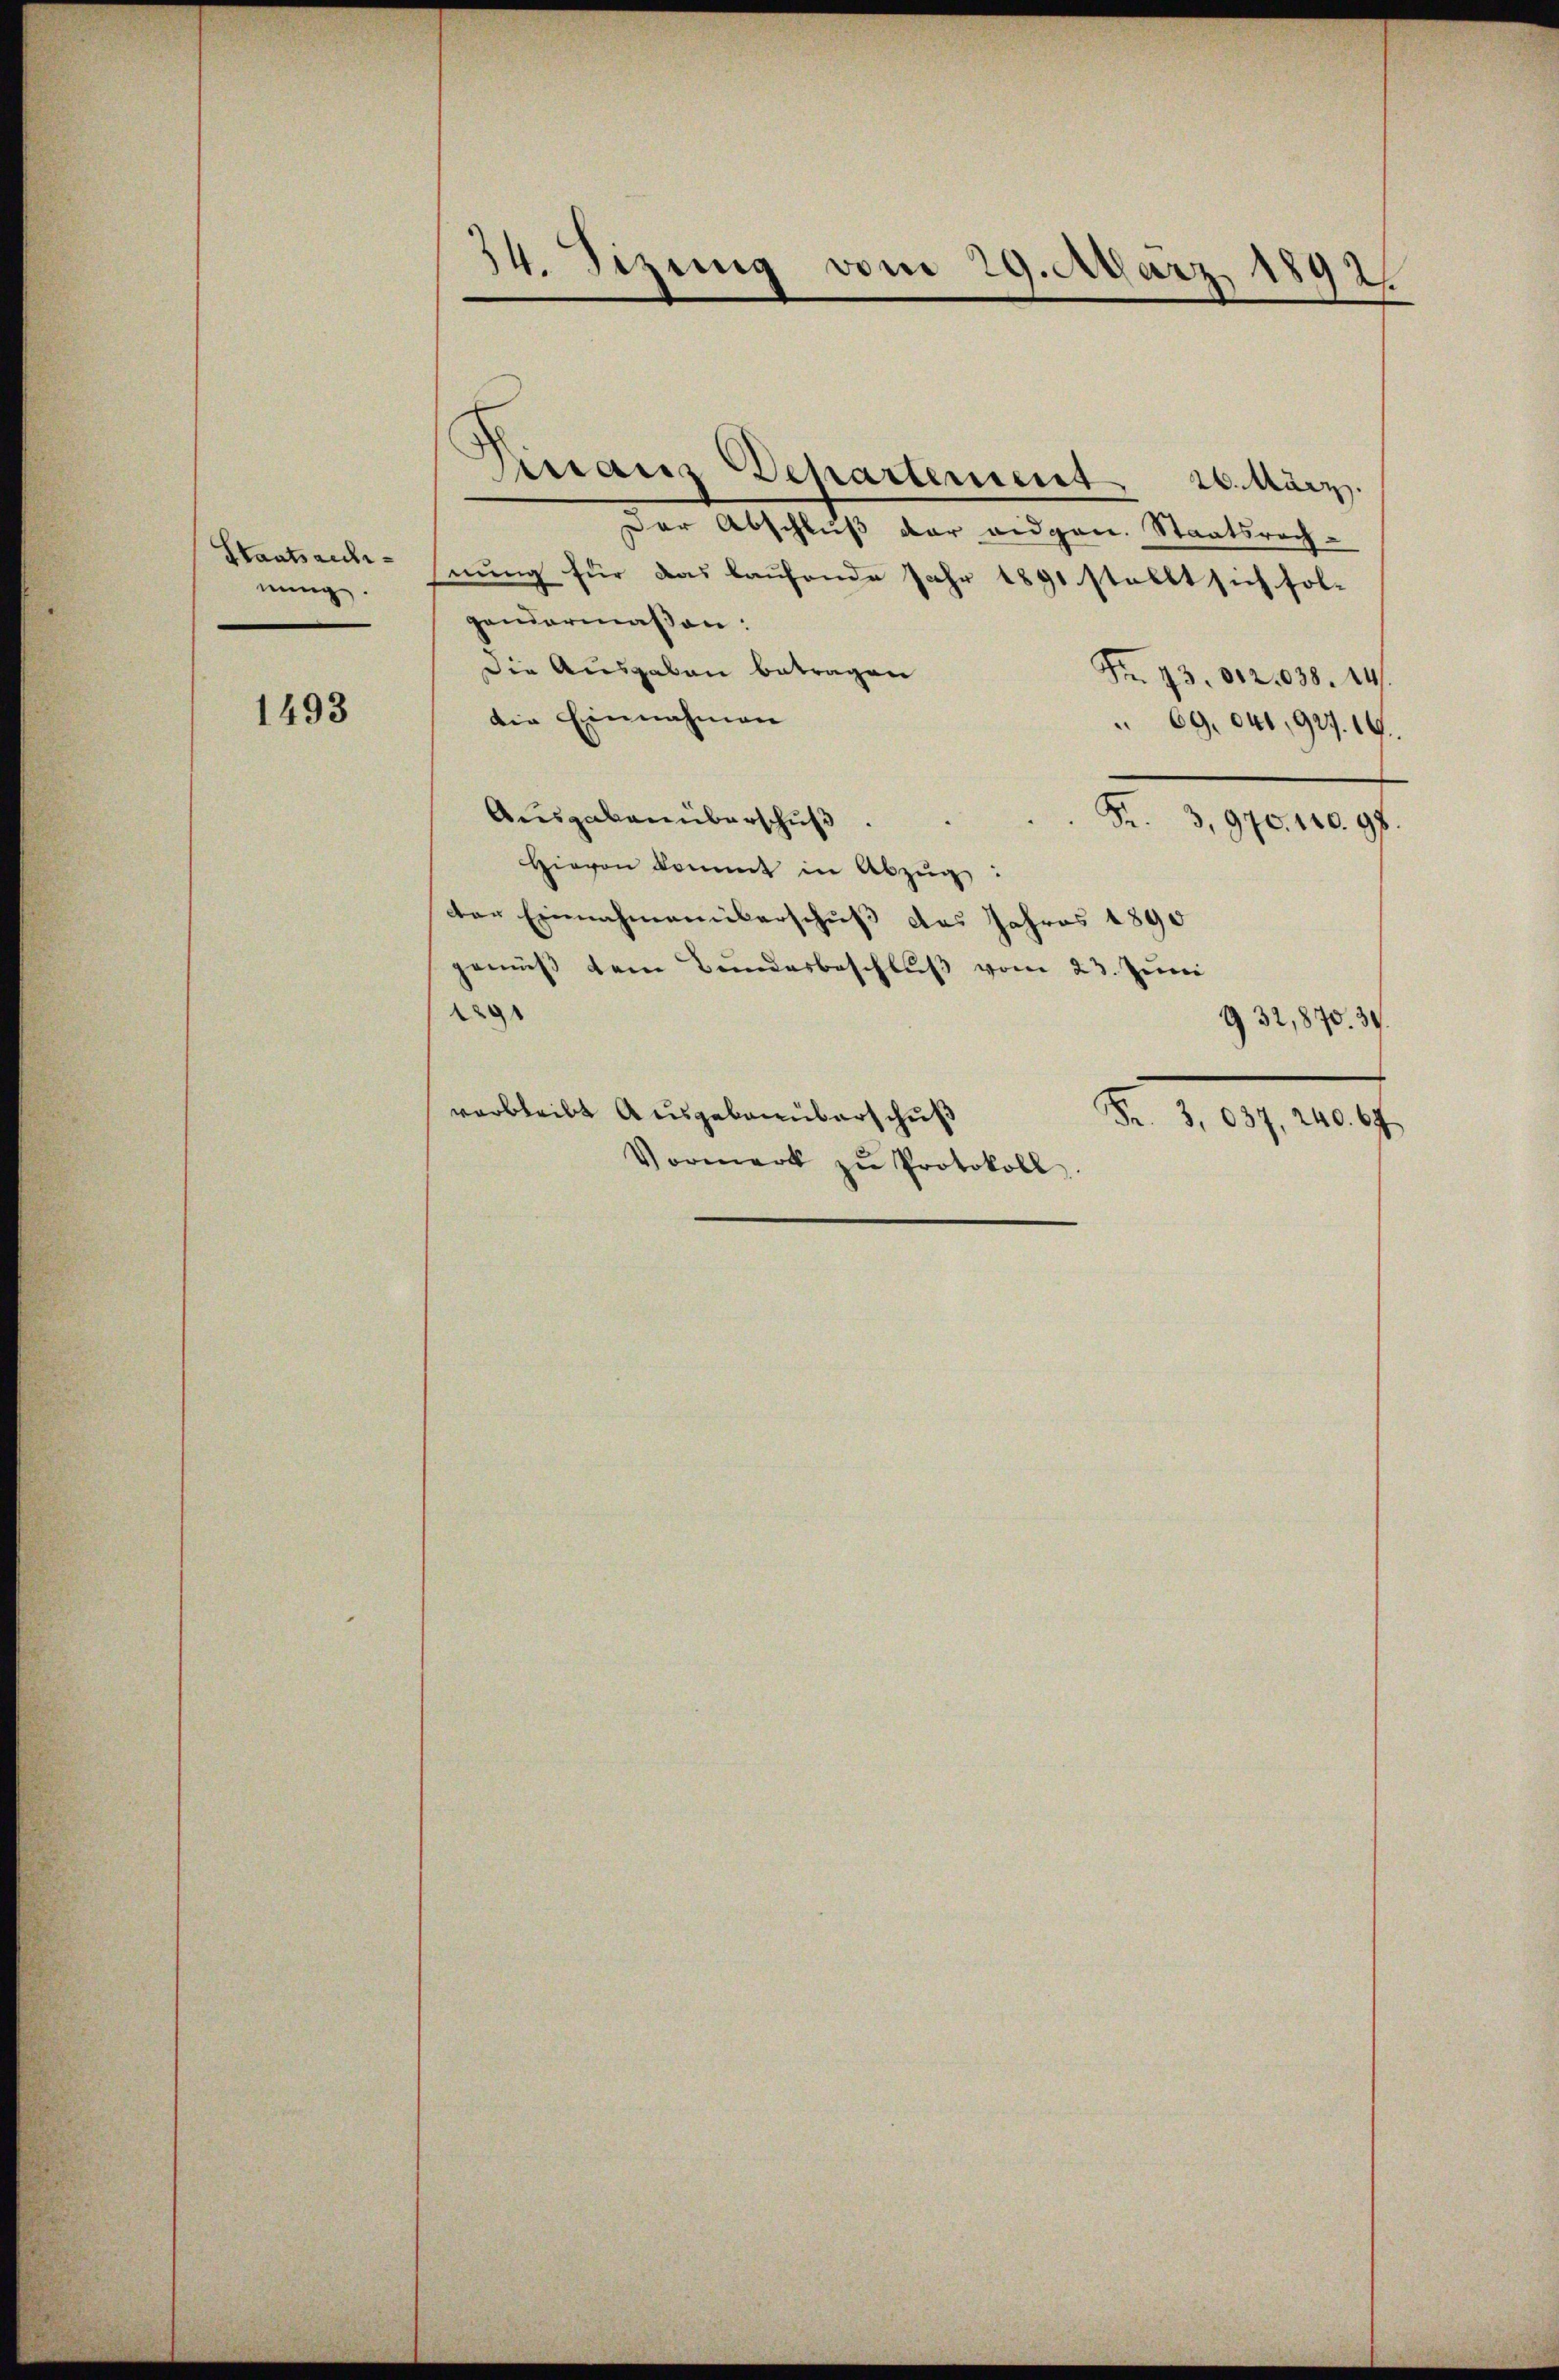
Staatsarchinung.

1493

34. Sizung vom 29. März 1892.

Finanz Departement. 26. März.
Der Abschluß der eidgen. Staatsrechhnung für das kaufende Jahr 1891 stellt sich fol-
gendermaßen:
Die Ausgaben betragen
Fr. 13. 802. 1038. 14.
die Einnahmen
69. 640, 927. 19.
Ausgaben überschuß
Fr. 3,970. 140. 98.
Hievon kommt in Abzug:
Der Einnahmenüberschuß des Jahres 1890
gemäß den Bunderbeschlŭβ vom 23. Juni
129
932,870. 39.
verbleibt Ausgebanüberschuß
Fr. 3,037, 240. 67
Vormerk zŭ Protokoll.